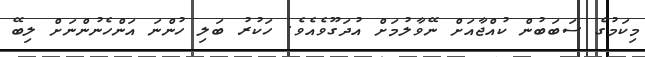
މިކަމުގެ ސަބަބުން ކުއްޖާއަށް ނޭވާލުމަށް އުދަގޫވެއެވެ. ހަކުރު ބަލި ހުންނަ އަންހެނުންނަށް ލިބޭ